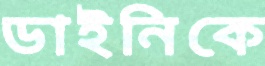
ডাইনিকে